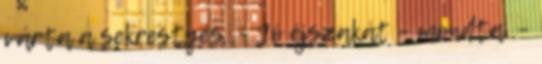
várta a sekrestyés. – Jó éjszakát – mondta. –